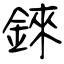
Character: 錸